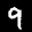
Label: 9